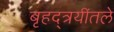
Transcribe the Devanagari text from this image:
बृहद्त्रयींतले